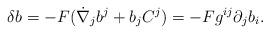
LaTeX: \begin{align*}\delta b=-F(\dot{\nabla}_jb^j+b_jC^j)=-Fg^{ij}\partial_jb_i.\end{align*}